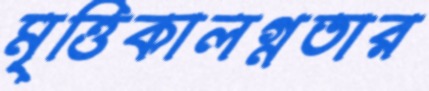
মৃত্তিকালগ্নতার